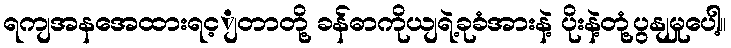
ရကျအနအေထားရင့ျတာတို့ ခန်ဓာကိုယျရဲ့ခုခံအားနဲ့ ပိုးနဲ့တုံ့ပွနျမှုပေါ့။